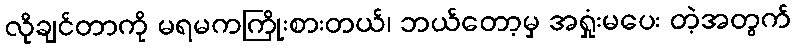
လိုချင်တာကို မရမကကြိုးစားတယ်၊ ဘယ်တော့မှ အရှုံးမပေး တဲ့အတွက်